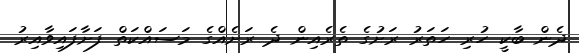
ދެން ބާކީ ހުރި ހަތަރު ރަށުގެ ތެރެއިން ދެ ރަށެއްގެ މަސައްކަތް ފަށާފައިވާއިރު